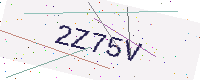
Text: 2Z75V